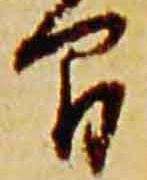
間